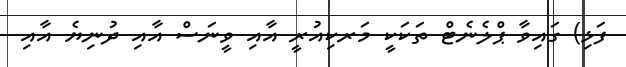
ފަޅި) ގައިވާ ޕްލެނެޓް ތަކަކީ މަރކިއުރީ އާއި ވީނަސް އާއި ދުނިޔެ އާއި